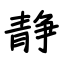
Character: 静